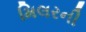
મિલરની